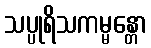
သပ္ပုရိသကမ္မန္တော